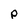
Character: p